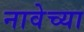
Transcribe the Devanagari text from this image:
नावेच्या